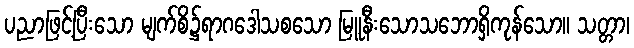
ပညာဖြင့်ပြီးသော မျက်စိ၌ရာဂဒေါသစသော မြူနီးသောသဘောရှိကုန်သော။ သတ္တာ၊